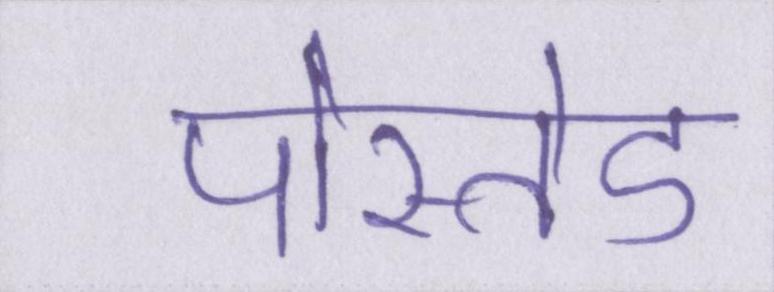
पोस्तेड